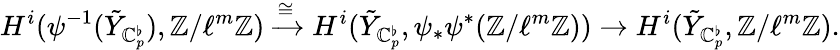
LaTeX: H^{i}(\psi^{-1}(\tilde{Y}_{\mathbb{C}_{p}^{\flat}}),\mathbb{Z}/\ell^{m}\mathbb{Z})\xrightarrow{\cong}H^{i}(\tilde{Y}_{\mathbb{C}_{p}^{\flat}},\psi_{*}\psi^{*}(\mathbb{Z}/\ell^{m}\mathbb{Z}))\rightarrow H^{i}(\tilde{Y}_{\mathbb{C}_{p}^{\flat}},\mathbb{Z}/\ell^{m}\mathbb{Z}).